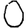
Digit: 0